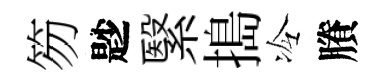
笏尟繄搗冷賸